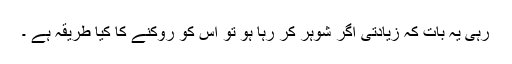
رہی یہ بات کہ زیادتی اگر شوہر کر رہا ہو تو اس کو روکنے کا کیا طریقہ ہے ۔